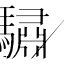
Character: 驌